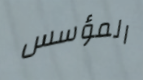
المؤسس